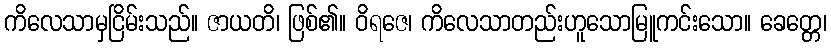
ကိလေသာမှငြိမ်းသည်။ ဇာယတိ၊ ဖြစ်၏။ ဝိရဇေ၊ ကိလေသာတည်းဟူသောမြူကင်းသော။ ခေတ္တေ၊